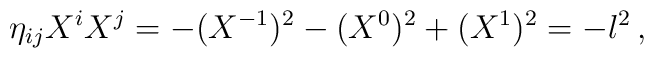
\eta_{ij}X^i X^j = -(X^{-1})^2 - (X^0)^2 + (X^1)^2 = -l^2\,,